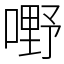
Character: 嘢